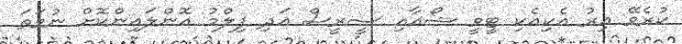
ކުރެވޭ އިރު އެކިއެކި ޓީވީ ޝޯއާއި ސީރީސް އަދި ފިލްމު އޮންލައިންކޮށް ނުވަތަ